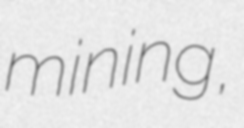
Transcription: mining,